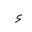
Letter: _hamza